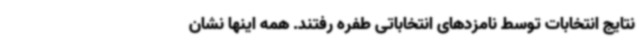
نتایج انتخابات توسط نامزدهای انتخاباتی طفره رفتند. همه اینها نشان